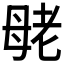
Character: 𰭪